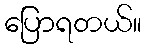
ပြောရတယ်။